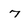
Character: 7